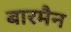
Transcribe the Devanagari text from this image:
बारमैन